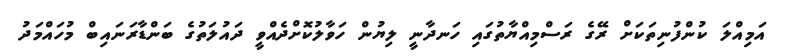
އަމިއްލަ ކުންފުނިތަކަށް ރޭގެ ރަސްމިއްޔާތުގައި ހަނދާނީ ލިޔުން ހަވާލުކޮށްދެއްވީ ދައުލަތުގެ ބަންޑާރަނައިބް މުހައްމަދު